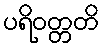
ပရိဝတ္တတိ